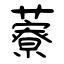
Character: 藔